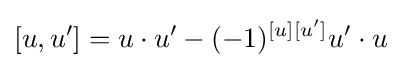
[u,u']=u\cdot u'-(-1)^{[u][u']}u'\cdot u